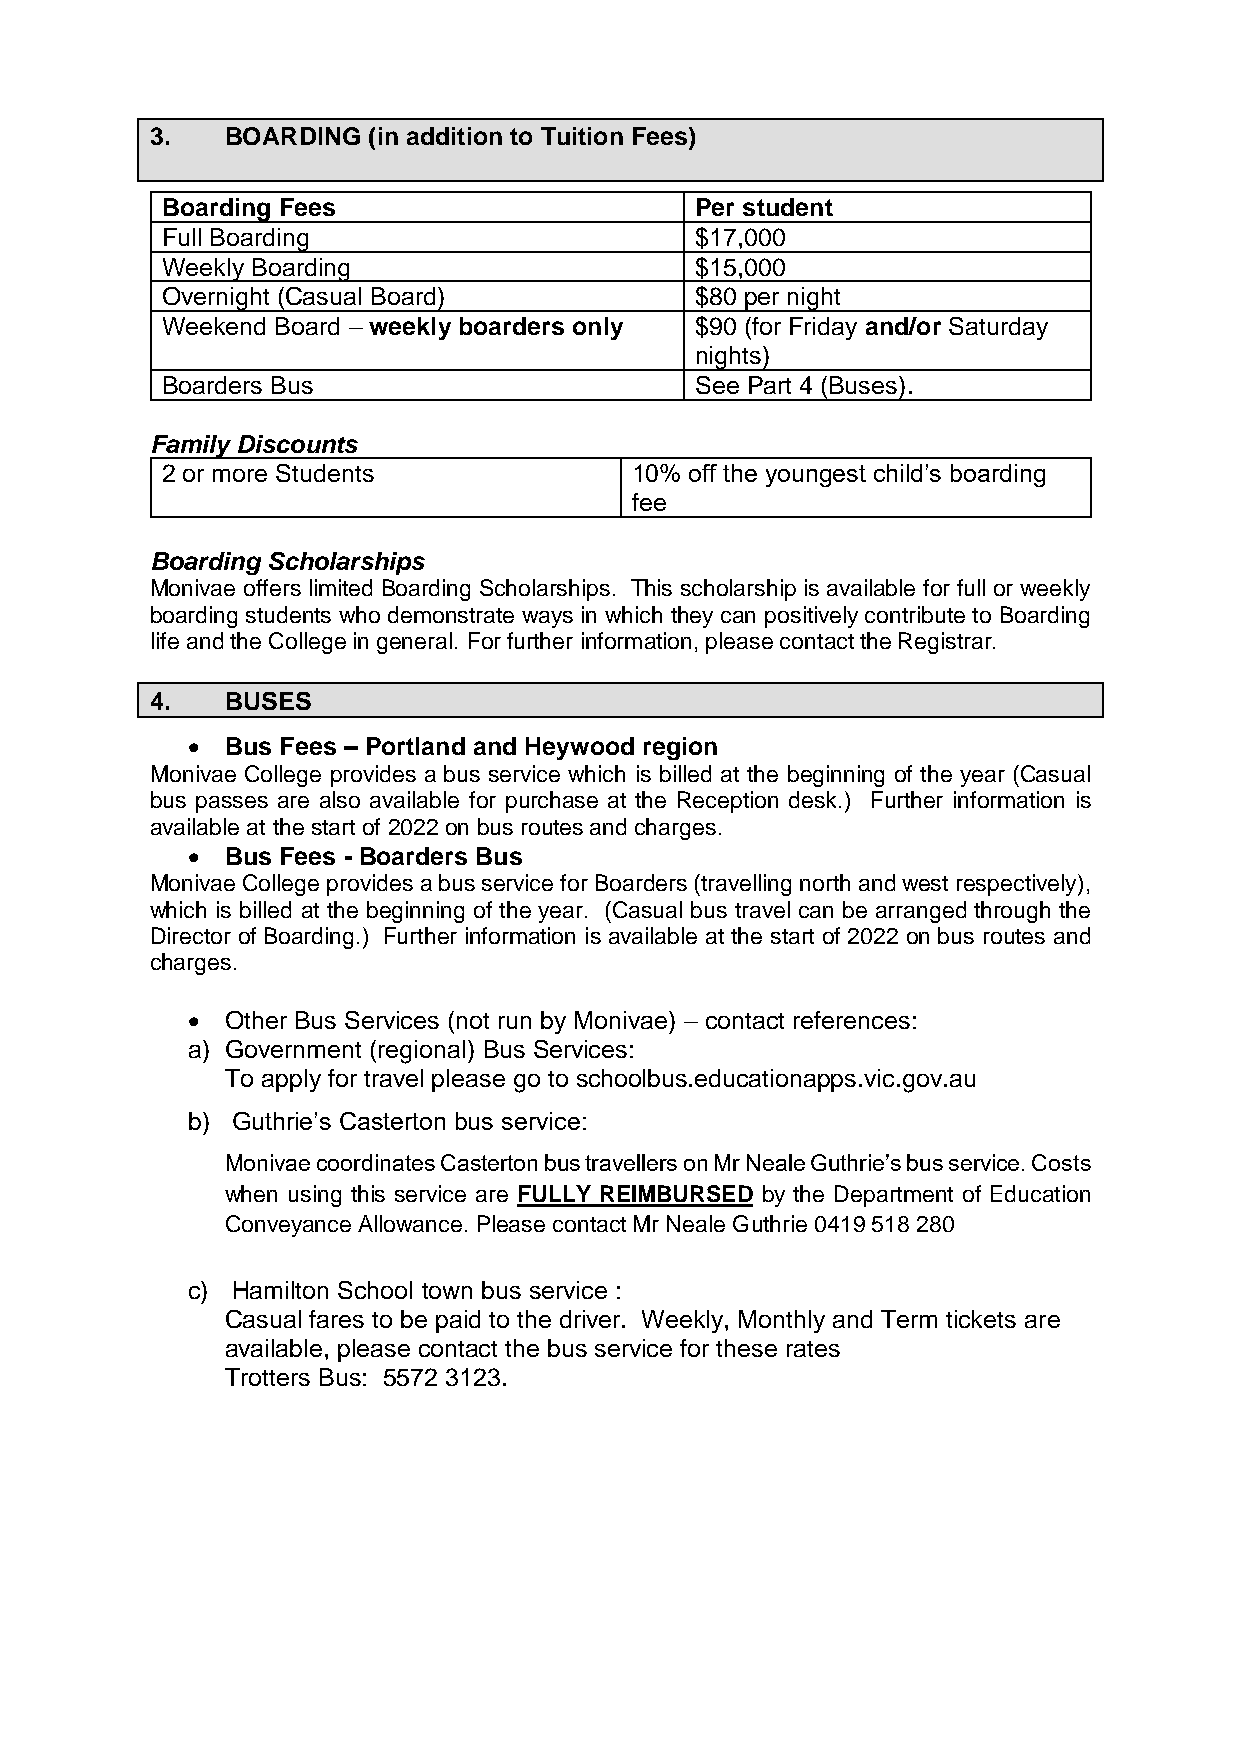
3.   BOARDING (in addition to Tuition Fees)
 Boarding Fees                      Per student
 Full Boarding                      $17,000
 Weekly Boarding                    $15,000
 Overnight (Casual Board)           $80 per night
 Weekend Board – weekly boarders only $90 (for Friday and/or Saturday
 nights)
 Boarders Bus                       See Part 4 (Buses).
 Family Discounts
 2 or more Students             10% off the youngest child’s boarding
 fee
 Boarding Scholarships
 Monivae offers limited Boarding Scholarships. This scholarship is available for full or weekly
 boarding students who demonstrate ways in which they can positively contribute to Boarding
 life and the College in general. For further information, please contact the Registrar.
 4.   BUSES
 •  Bus Fees – Portland and Heywood region
 Monivae College provides a bus service which is billed at the beginning of the year (Casual
 bus passes are also available for purchase at the Reception desk.) Further information is
 available at the start of 2022 on bus routes and charges.
 •  Bus Fees - Boarders Bus
 Monivae College provides a bus service for Boarders (travelling north and west respectively),
 which is billed at the beginning of the year. (Casual bus travel can be arranged through the
 Director of Boarding.) Further information is available at the start of 2022 on bus routes and
 charges.
 •  Other Bus Services (not run by Monivae) – contact references:
 a) Government (regional) Bus Services:
 To apply for travel please go to schoolbus.educationapps.vic.gov.au
 b) Guthrie’s Casterton bus service:
 Monivae coordinates Casterton bus travellers on Mr Neale Guthrie’s bus service. Costs
 when using this service are FULLY REIMBURSED by the Department of Education
 Conveyance Allowance. Please contact Mr Neale Guthrie 0419 518 280
 c) Hamilton School town bus service :
 Casual fares to be paid to the driver. Weekly, Monthly and Term tickets are
 available, please contact the bus service for these rates
 Trotters Bus: 5572 3123.